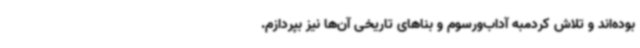
بوده‌اند و تلاش کردمبه آداب‌ورسوم و بناهای تاریخی آن‌ها نیز بپردازم.